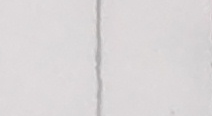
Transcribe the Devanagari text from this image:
श